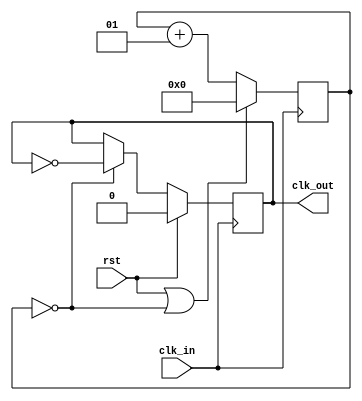

module clk_divider
#(parameter
    integer DIV = 2
)(
    input wire clk_in,
    input wire rst,
    output reg clk_out
);

    localparam integer TC = (DIV / 2) - 1;
    integer count = 0;

    wire terminate = (count == TC);

    always @( posedge clk_in )
    begin
        if (rst || terminate)
            count <= 0;
        else
            count <= count + 1;
        
        if (rst)
            clk_out <= 0;
        else if (terminate)
            clk_out <= ~clk_out;
    end

endmodule // clk_divider